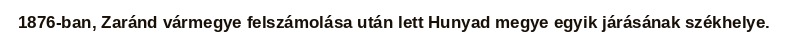
1876-ban, Zaránd vármegye felszámolása után lett Hunyad megye egyik járásának székhelye.